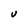
Character: V